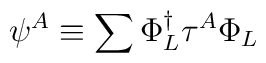
\psi^{A} \equiv \sum \Phi_{L}^{\dagger} \tau^{A} \Phi_{L}